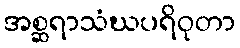
အစ္ဆရာသံဃပရိဝုတာ